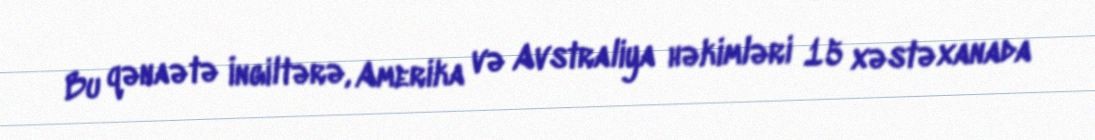
Bu qənaətə İngiltərə, Amerika və Avstraliya həkimləri 15 xəstəxanada